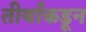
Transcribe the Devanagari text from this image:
तीर्थांकडून